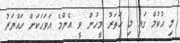
މި ޙުކުމް ގައި މި ހަތަރު މީހުން ވީ އެންމެ އަވަހަކަށް ހައްޔަރު